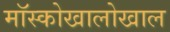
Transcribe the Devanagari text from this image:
मॉस्कोखालोखाल